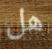
هل